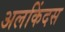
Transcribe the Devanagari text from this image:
अलकिंदस